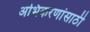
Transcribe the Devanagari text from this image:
अभिकरणांसाठी